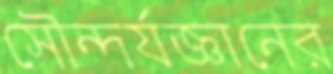
সৌন্দর্যজ্ঞানের